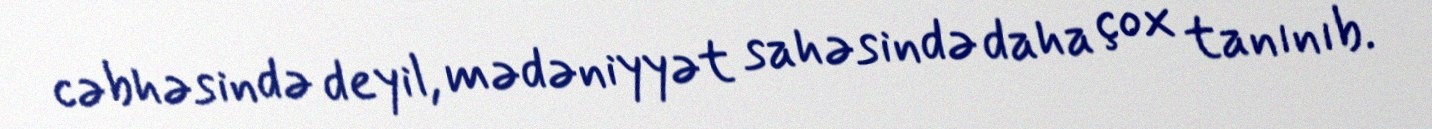
cəbhəsində deyil, mədəniyyət sahəsində daha çox tanınıb.